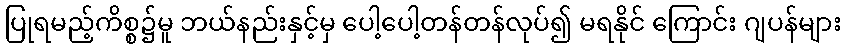
ပြုရမည့်ကိစ္စ၌မူ ဘယ်နည်းနှင့်မှ ပေါ့ပေါ့တန်တန်လုပ်၍ မရနိုင် ကြောင်း ဂျပန်များ